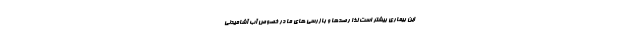
این بیماری بیشتر است لذا رصدها و بازرسی های ما در خصوص آب آشامیدنی